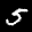
Label: 5